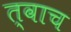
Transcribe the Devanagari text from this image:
त्वाच